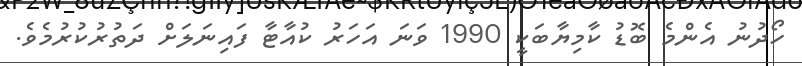
ހޯދުނު އެންމެ ބޮޑު ކާމިޔާބަކީ 1990 ވަނަ އަހަރު ކުއާޓާ ފައިނަލަށް ދަތުރުކުރުމެވެ.